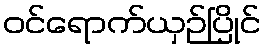
ဝင်ရောက်ယှဉ်ပြိုင်